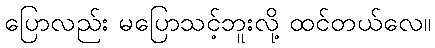
ပြောလည်း မပြောသင့်ဘူးလို့ ထင်တယ်လေ။